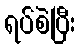
ရပ်စဲပြီး